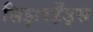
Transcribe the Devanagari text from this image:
सिझरहँड्स